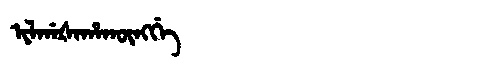
Manchu: ᡳᠯᡤᠠᡧᠠᡥᠠᡴᡡᠩᡤᡝ
Romanization: ILGAŠAHAKŪNGGE